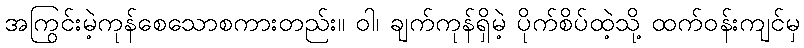
အကြွင်းမဲ့ကုန်စေသောစကားတည်း။ ဝါ၊ ချက်ကုန်ရှိမဲ့ ပိုက်စိပ်ထဲ့သို့ ထက်ဝန်းကျင်မှ